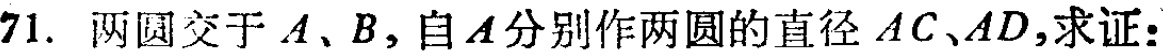
71. 两圆交于\(A\)、\(B\)，自\(A\)分别作两圆的直径\(AC\)、\(AD\)，求证：